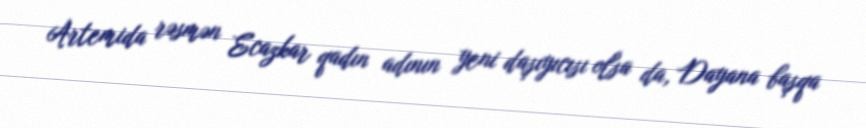
Artemida rəsmən Ecazkar qadın adının yeni daşıyıcısı olsa da, Dayana başqa